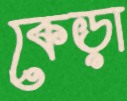
কেড়া